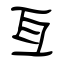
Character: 亙